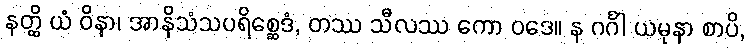
နတ္ထိ ယံ ဝိနာ၊ အာနိသံသပရိစ္ဆေဒံ, တဿ သီလဿ ကော ဝဒေ။ န ဂင်္ဂါ ယမုနာ စာပိ,